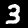
Label: 3